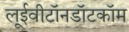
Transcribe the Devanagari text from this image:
लूईवीटॉनडॉटकॉम